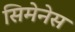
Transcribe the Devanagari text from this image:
सिमेनेस